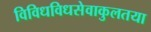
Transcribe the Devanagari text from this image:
विविधविधसेवाकुलतया